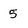
Character: 5